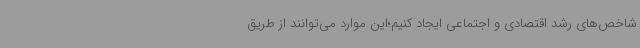
شاخص‌های رشد اقتصادی و اجتماعی ایجاد کنیم؛این موارد می‌توانند از طریق